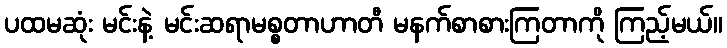
ပထမဆုံး မင်းနဲ့ မင်းဆရာမစ္စတာဟာတီ မနက်စာစားကြတာကို ကြည့်မယ်။